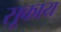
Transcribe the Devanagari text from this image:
सूकाय